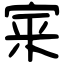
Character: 宷